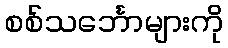
စစ်သင်္ဘောများကို